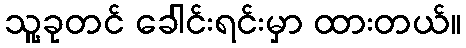
သူ့ခုတင် ခေါင်းရင်းမှာ ထားတယ်။